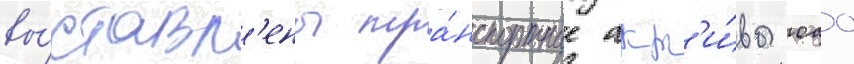
вы́ставл'ены тра́нспортные акт'и́вы оао